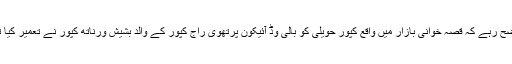
واضح رہے کہ قصہ خوانی بازار میں واقع کپور حویلی کو بالی وڈ آئیکون پرتھوی راج کپور کے والد بشیش ورناتھ کپور نے تعمیر کیا تھا۔